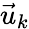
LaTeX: {\vec{u}_{k}}